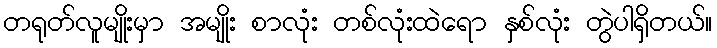
တရုတ်လူမျိုးမှာ အမျိုး စာလုံး တစ်လုံးထဲရော နှစ်လုံး တွဲပါရှိတယ်။